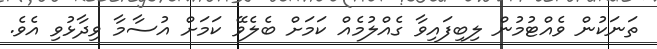
ތަނަކުން ވެއްޓުމުން ލިބިފައިވާ ގެއްލުމެއް ކަމަށް ބެލެވޭ ކަމަށް އުސާމާ ވިދާޅުވި އެވެ.